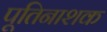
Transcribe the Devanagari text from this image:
पूतिनाशक